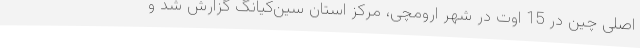
اصلی چین در 15 اوت در شهر ارومچی، مرکز استان سین‌کیانگ گزارش شد و